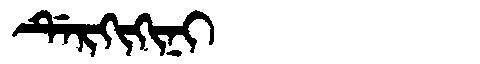
Manchu: ᡩᡝᡵᡴᡳᡴᡳᠨᡳ
Romanization: DERKIKINI